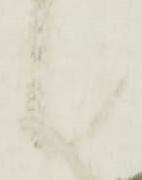
候